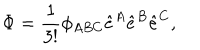
\Phi = \frac { 1 } { 3 ! } \phi _ { A B C } \hat { e } ^ { A } \hat { e } ^ { B } \hat { e } ^ { C } ,